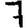
Digit: 7